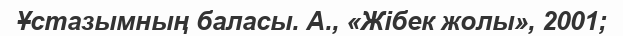
Ұстазымның баласы. А., «Жібек жолы», 2001;